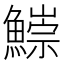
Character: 𩻃